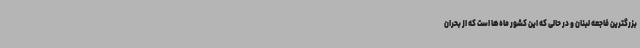
بزرگترین فاجعه لبنان و در حالی که این کشور ماه‌ها است که از بحران